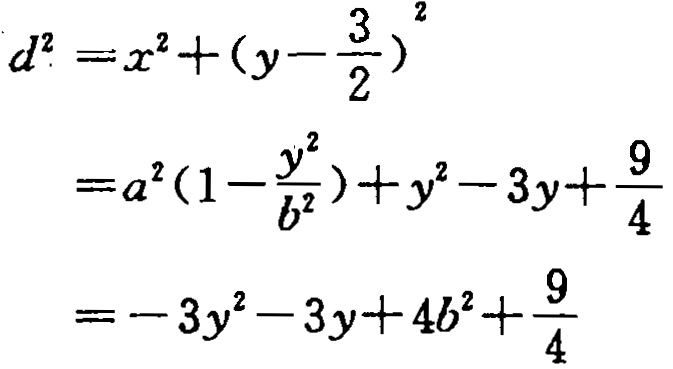
\[
\begin{align*}
d^{2}&=x^{2}+(y - \frac{3}{2})^{2}\\
&=a^{2}(1-\frac{y^{2}}{b^{2}})+y^{2}-3y+\frac{9}{4}\\
&=-3y^{2}-3y + 4b^{2}+\frac{9}{4}
\end{align*}
\]